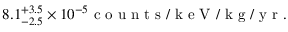
8 . 1 _ { - 2 . 5 } ^ { + 3 . 5 } \times 1 0 ^ { - 5 } \mathrm { ~ c ~ o ~ u ~ n ~ t ~ s ~ / ~ k ~ e ~ V ~ / ~ k ~ g ~ / ~ y ~ r ~ } .